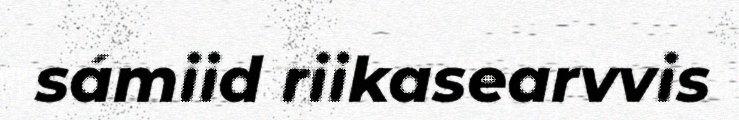
sámiid riikasearvvis